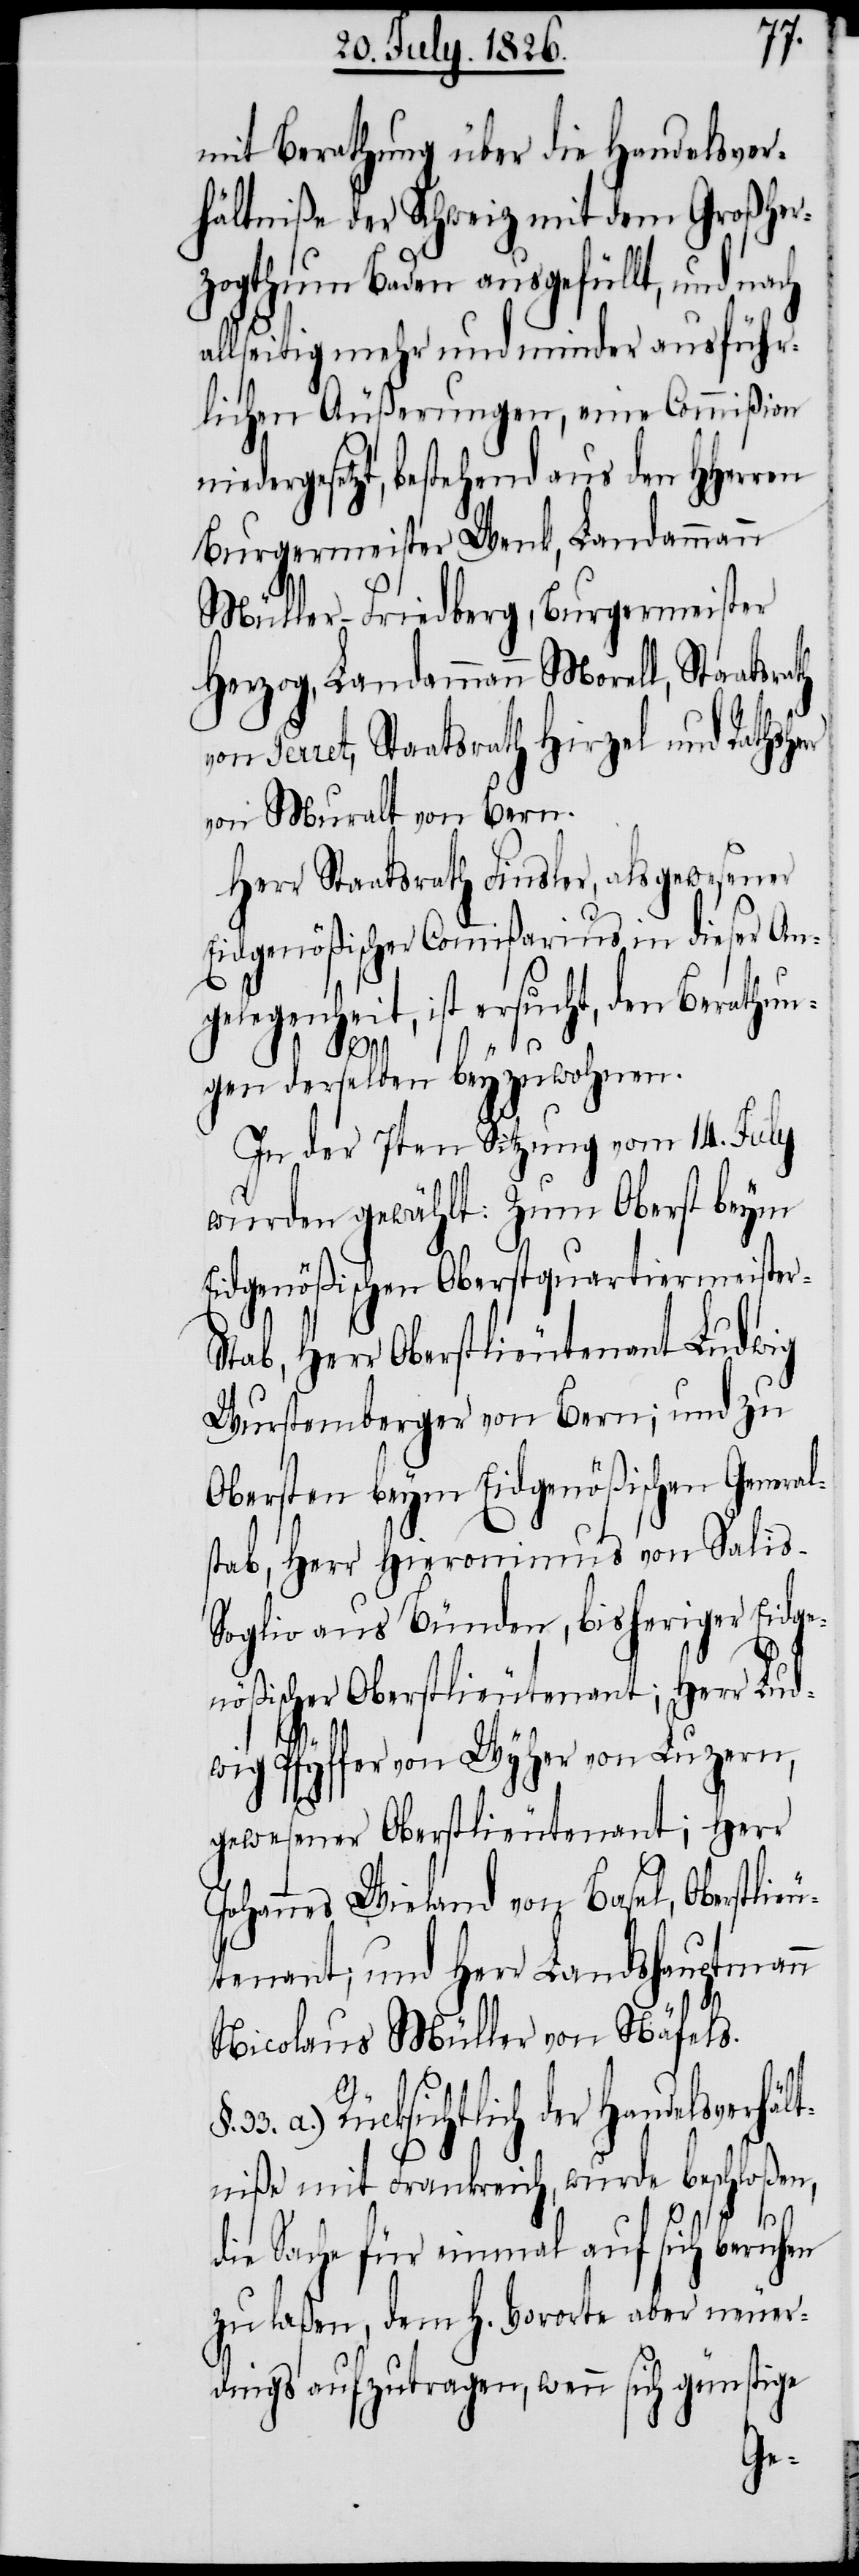
mit Berathung über die Handelsver¬
hältniße der Schweiz mit dem Großher¬
zogthum Baden ausgefüllt, und nach
allseitig mehr und minder ausführ¬
lichen Äußerungen, eine Commißion
niedergesetzt, bestehend aus den HHerren
Burgermeister Wenk, Landammann
Müller-Friedberg, Burgermeister
Herzog, Landammann Morell, Staatsrath
Perret, Staatsrath Hirzel und Rathshe¬
von Muralt von Bern.
Herr Staatsrath Finsler, als gewesener
Eidgenößischer Commißarius in dieser An¬
gelegenheit, ist ersucht, den Berathun¬
r-S¬
s-S¬
gen derselben beyzuwohnen.
In der 7ten Sitzung vom 14. July
wurden gewählt: Zum Oberst beym
Eidgenößischen Oberstquartiermeiste¬
tab, Herr Oberstlieutenant Ludwig
Wurstemberger von Bern; und zu
Obersten beym Eidgenößischen General¬
stab, Herr Hieronimus von Sali¬
oglio aus Bünden, bisheriger Eidge¬
nößischer Oberstlieutenant; Herr Lud¬
wig Pfyffer von Wyher von Luzern,
gewesener Oberstlieutenant; Herr
Johannes Wieland von Basel, Oberstlieu¬
tenant; und Herr Landshauptmann
Nicolaus Müller von Näfels.
§.
33. a.) Rücksichtlich der Handelsverhält¬
niße mit Frankreich, wurde beschloßen,
die Sache für einmal auf sich beruhen
zu laßen, dem h. Vororte aber neuer¬
dings aufzutragen, wenn sich günstige